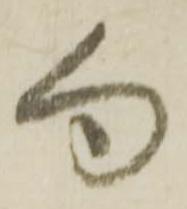
句